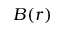
B ( r )